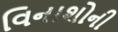
વિનાશોની